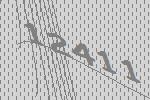
12411